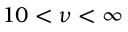
1 0 < \nu < \infty